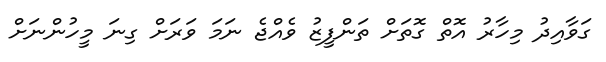
ގަވާއިދު މިހާރު އޮތް ގޮތަށް ތަންފީޒު ވެއްޖެ ނަމަ ވަރަށް ގިނަ މީހުންނަށް